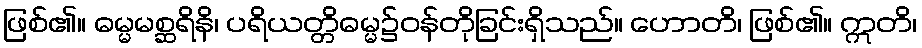
ဖြစ်၏။ ဓမ္မမစ္ဆရိနိ၊ ပရိယတ္တိဓမ္မ၌ဝန်တိုခြင်းရှိသည်။ ဟောတိ၊ ဖြစ်၏။ ဣတိ၊